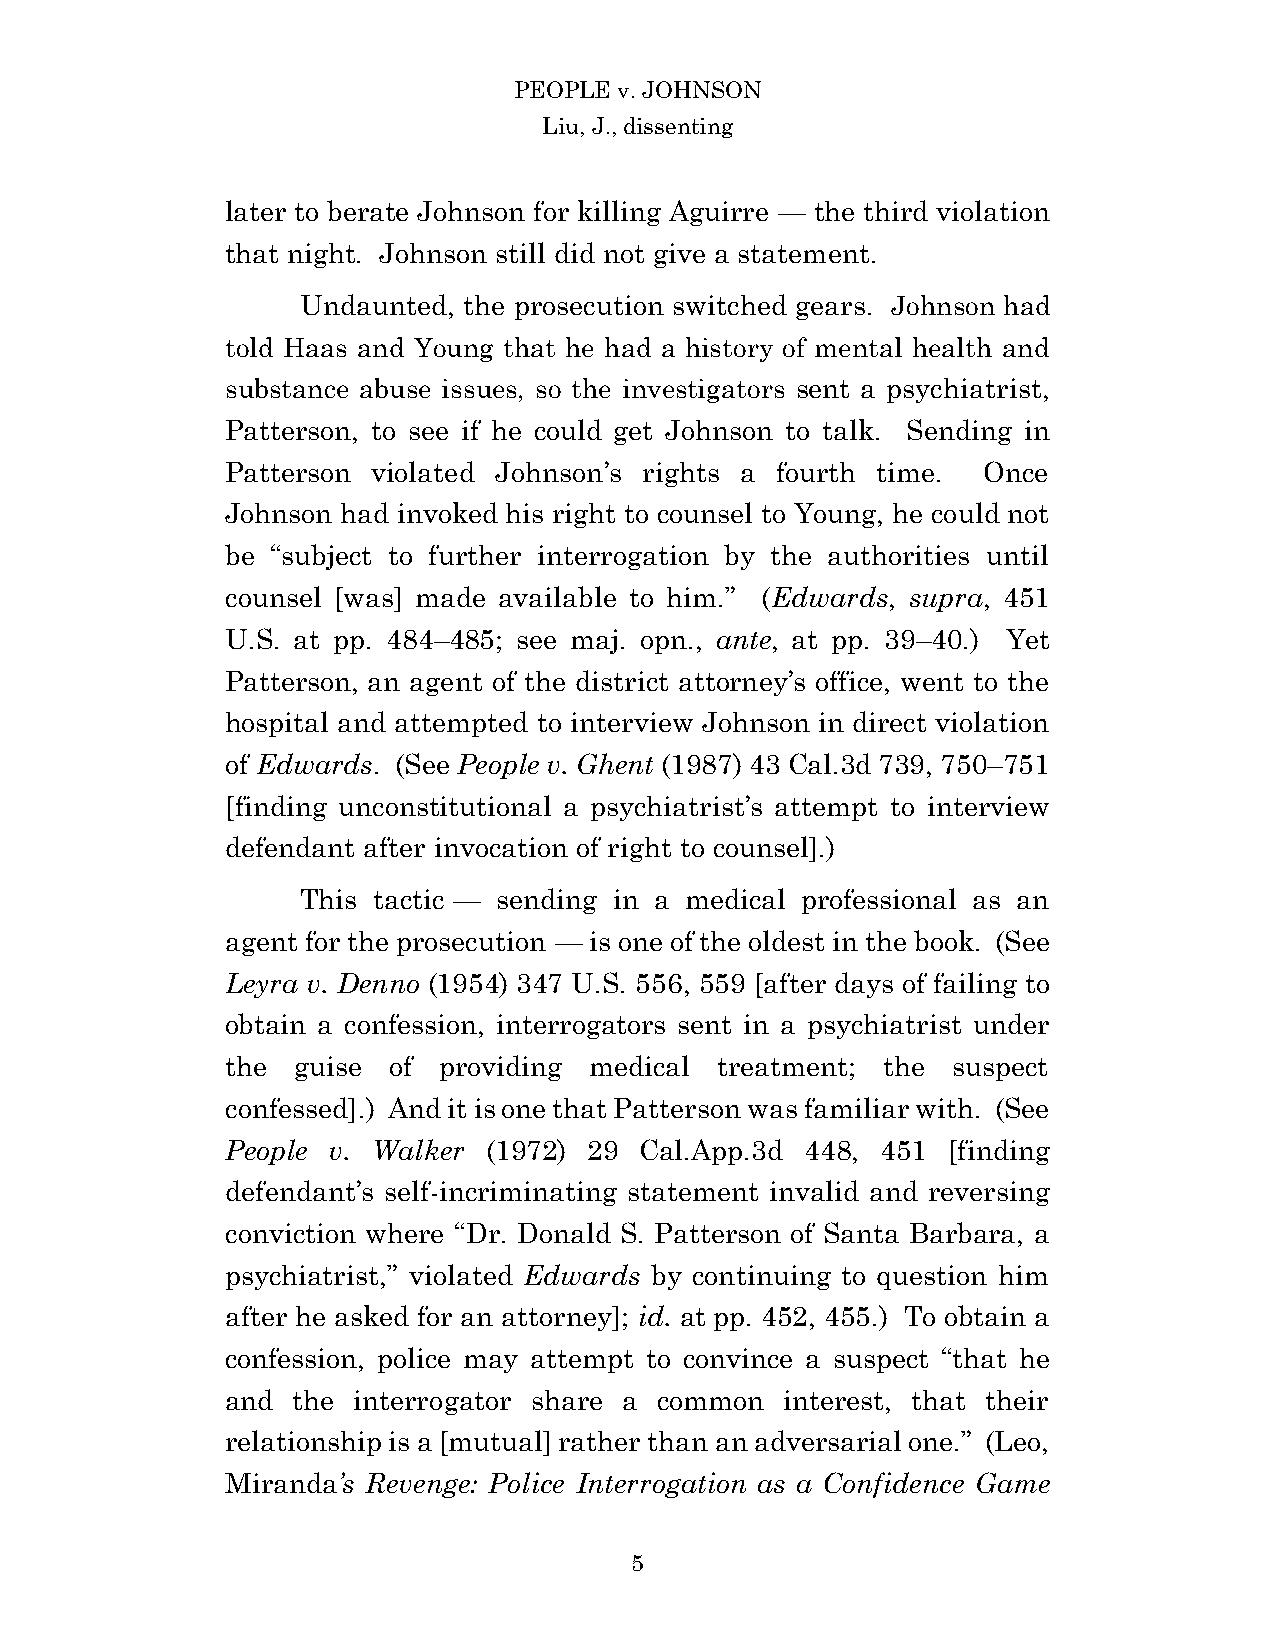
PEOPLE v. JOHNSON
 Liu, J., dissenting
 later to berate Johnson for killing Aguirre — the third violation
 that night. Johnson still did not give a statement.
 Undaunted, the prosecution switched gears. Johnson had
 told Haas and Young that he had a history of mental health and
 substance abuse issues, so the investigators sent a psychiatrist,
 Patterson, to see if he could get Johnson to talk. Sending in
 Patterson violated Johnson’s rights a fourth time. Once
 Johnson had invoked his right to counsel to Young, he could not
 be “subject to further interrogation by the authorities until
 counsel [was] made available to him.” (Edwards, supra, 451
 U.S. at pp. 484–485; see maj. opn., ante, at pp. 39–40.) Yet
 Patterson, an agent of the district attorney’s office, went to the
 hospital and attempted to interview Johnson in direct violation
 of Edwards. (See People v. Ghent (1987) 43 Cal.3d 739, 750–751
 [finding unconstitutional a psychiatrist’s attempt to interview
 defendant after invocation of right to counsel].)
 This tactic — sending in a medical professional as an
 agent for the prosecution — is one of the oldest in the book. (See
 Leyra v. Denno (1954) 347 U.S. 556, 559 [after days of failing to
 obtain a confession, interrogators sent in a psychiatrist under
 the guise  of providing medical  treatment; the suspect
 confessed].) And it is one that Patterson was familiar with. (See
 People v. Walker (1972) 29 Cal.App.3d 448, 451  [finding
 defendant’s self-incriminating statement invalid and reversing
 conviction where “Dr. Donald S. Patterson of Santa Barbara, a
 psychiatrist,” violated Edwards by continuing to question him
 after he asked for an attorney]; id. at pp. 452, 455.) To obtain a
 confession, police may attempt to convince a suspect “that he
 and the interrogator share a common  interest, that their
 relationship is a [mutual] rather than an adversarial one.” (Leo,
 Miranda’s Revenge: Police Interrogation as a Confidence Game
 5